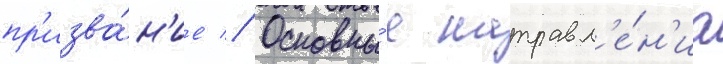
пр'изва́н'ие // Основны́е направл'е́н'иа